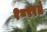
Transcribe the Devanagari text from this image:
१८९९ते